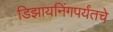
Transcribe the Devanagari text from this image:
डिझायनिंगपर्यंतचे